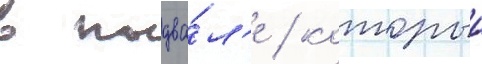
в подва́л'е / которыи